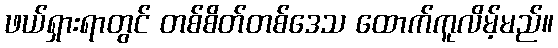
ဖယ်ရှားရာတွင် တစ်စိတ်တစ်ဒေသ ထောက်ကူလိမ့်မည်။